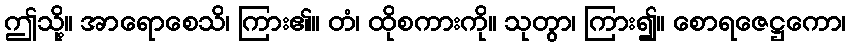
ဤသို့။ အာရောစေသိ၊ ကြား၏။ တံ၊ ထိုစကားကို။ သုတွာ၊ ကြား၍။ စောရဇေဋ္ဌကော၊